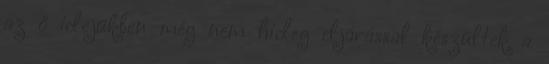
az ő idejükben még nem hideg eljárással készültek a